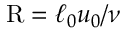
\mathrm { R } = \ell _ { 0 } u _ { 0 } / \nu